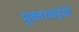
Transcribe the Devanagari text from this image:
मुक्ताबाईची